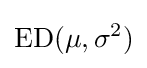
\mathrm {ED} (\mu ,\sigma ^{2})